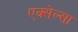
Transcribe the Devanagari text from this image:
एक्सेल्सा